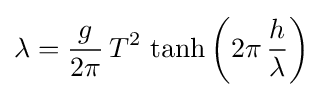
\displaystyle \lambda ={\frac {g}{2\pi }}\,T^{2}\,\tanh \left(2\pi \,{\frac {h}{\lambda }}\right)